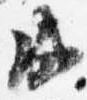
成